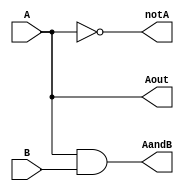
`timescale 1ns / 1ps
//////////////////////////////////////////////////////////////////////////////////
// Company: 
// Engineer: 
// 
// Design Name: 
// Module Name:    OtherLogic 
// Project Name: 
// Target Devices: 
// Tool versions: 
// Description: 
//
// Dependencies: 
//
// Revision: 
// Revision 0.01 - File Created
// Additional Comments: 
//
//////////////////////////////////////////////////////////////////////////////////
module OtherLogic(Aout,AandB,notA,A,B);
	input A,B;
	output Aout,AandB,notA;
	
	not(notA,A);
	and (AandB,A,B);
	assign Aout = A;
endmodule